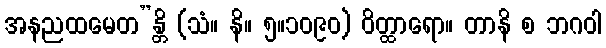
အနညထမေတ”န္တိ (သံ။ နိ။ ၅။၁၀၉၀) ဝိတ္ထာရော။ တာနိ စ ဘဂဝါ